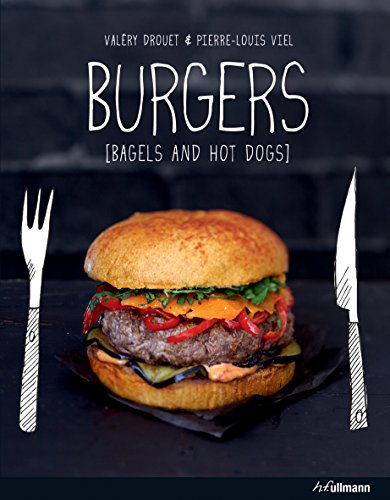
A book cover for Burgers Bagels and Hot Dogs; ValÃEry Drouet; Cookbooks, Food & Wine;